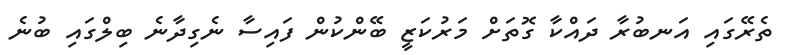
ތެރޭގައި އަނބުރާ ދައްކާ ގޮތަށް މަރުކަޒީ ބޭންކުން ފައިސާ ނެގިދާނެ ބިލްގައި ބުނެ